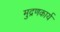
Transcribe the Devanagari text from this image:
मुद्रणकार्य